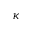
\kappa